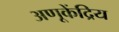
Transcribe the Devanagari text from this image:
अणूकेंद्रिय